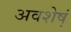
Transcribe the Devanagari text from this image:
अवशेष्‍ा